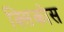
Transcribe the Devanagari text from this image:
क्सिकोस